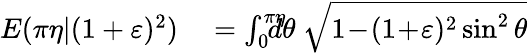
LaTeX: \begin{array}{rl}{E(\pi\eta|(1+\varepsilon)^{2})}&{{}=\int_{0}^{\pi\eta}\! \! \! \! \! d\theta\ \sqrt{1\! -\! (1\! +\! \varepsilon)^{2}\sin^{2}\theta}}\end{array}